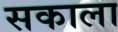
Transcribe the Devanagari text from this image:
सकाला